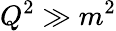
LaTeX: Q^{2}\gg m^{2}